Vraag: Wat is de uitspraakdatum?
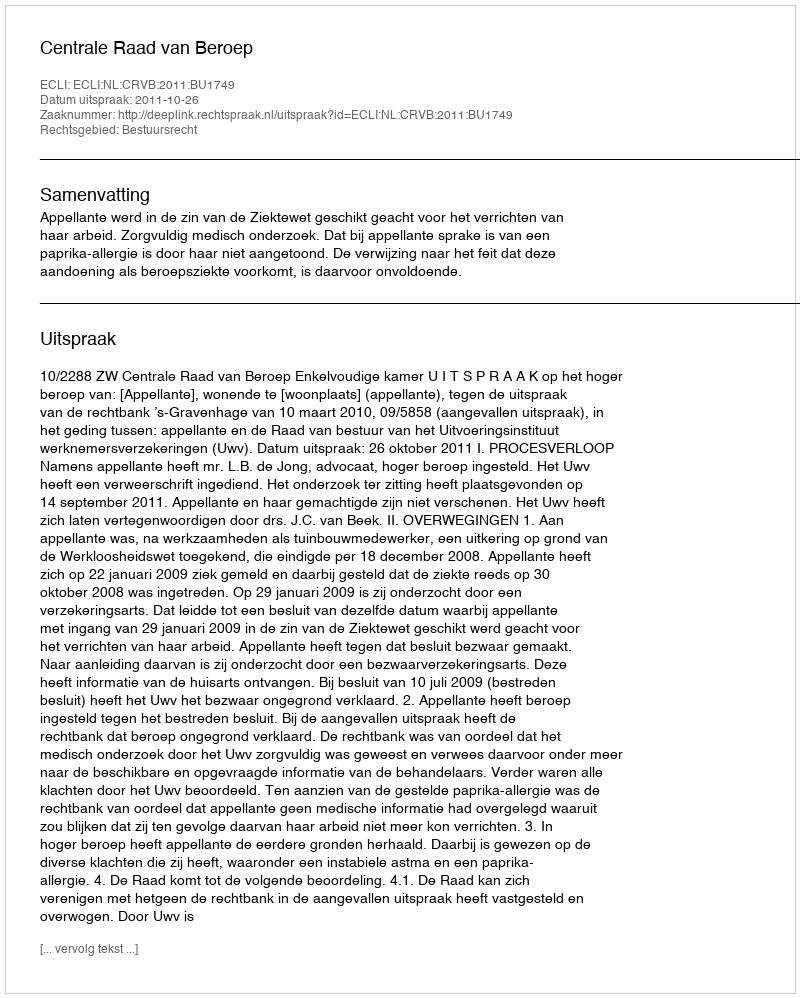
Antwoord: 2011-10-26